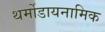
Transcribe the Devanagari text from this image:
थर्मोडायनामिक